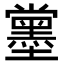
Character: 𡓪